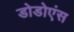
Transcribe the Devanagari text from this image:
डोडोएंस